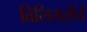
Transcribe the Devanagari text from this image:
विलियर्सने